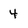
Character: 4